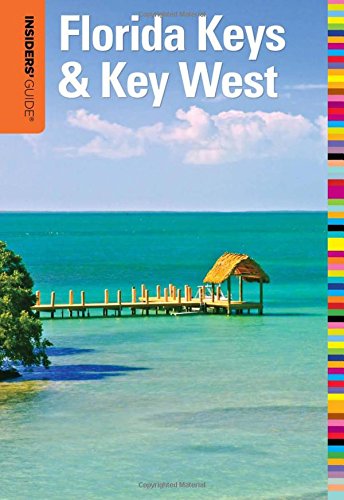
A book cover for Insiders' GuideÂ® to Florida Keys & Key West (Insiders' Guide Series); Juliet Gray; Travel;